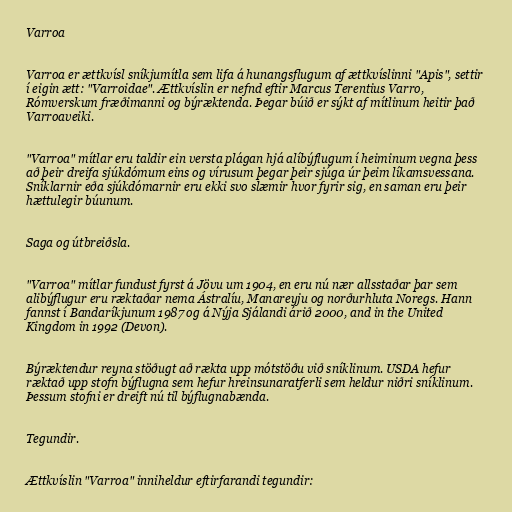
Varroa

Varroa er ættkvísl sníkjumítla sem lifa á hunangsflugum af ættkvíslinni "Apis", settir
í eigin ætt: "Varroidae". Ættkvíslin er nefnd eftir Marcus Terentius Varro,
Rómverskum fræðimanni og býræktenda. Þegar búið er sýkt af mítlinum heitir það
Varroaveiki.

"Varroa" mítlar eru taldir ein versta plágan hjá alíbýflugum í heiminum vegna þess
að þeir dreifa sjúkdómum eins og vírusum þegar þeir sjúga úr þeim líkamsvessana.
Sníklarnir eða sjúkdómarnir eru ekki svo slæmir hvor fyrir sig, en saman eru þeir
hættulegir búunum.

Saga og útbreiðsla.

"Varroa" mítlar fundust fyrst á Jövu um 1904, en eru nú nær allsstaðar þar sem
alibýflugur eru ræktaðar nema Ástralíu, Manareyju og norðurhluta Noregs. Hann
fannst í Bandaríkjunum 1987 og á Nýja Sjálandi árið 2000, and in the United
Kingdom in 1992 (Devon).

Býræktendur reyna stöðugt að rækta upp mótstöðu við sníklinum. USDA hefur
ræktað upp stofn býflugna sem hefur hreinsunaratferli sem heldur niðri sníklinum.
Þessum stofni er dreift nú til býflugnabænda.

Tegundir.

Ættkvíslin "Varroa" inniheldur eftirfarandi tegundir: